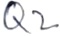
Text: Q2